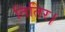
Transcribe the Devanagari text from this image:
तितिर।